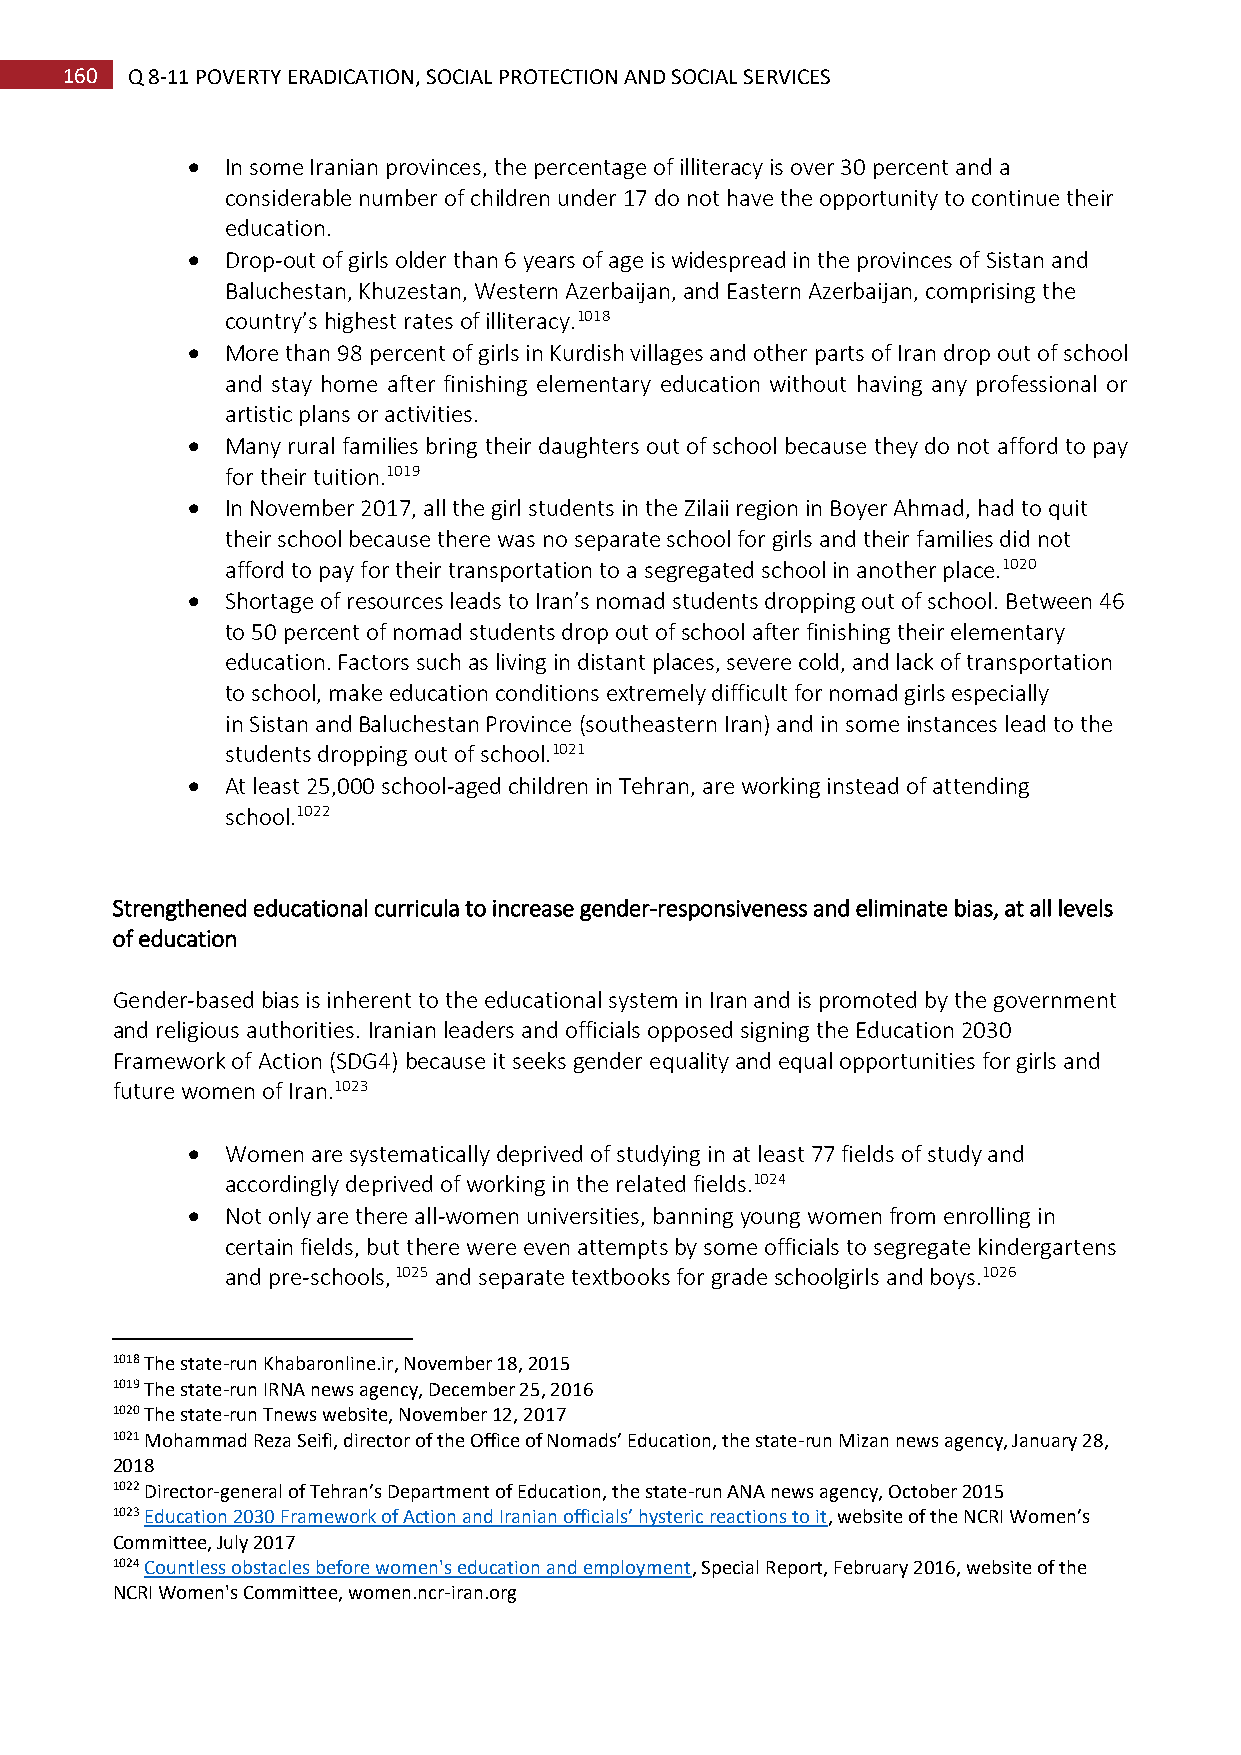
160 Q 8-11 POVERTY ERADICATION, SOCIAL PROTECTION AND SOCIAL SERVICES
   In some Iranian provinces, the percentage of illiteracy is over 30 percent and a
 considerable number of children under 17 do not have the opportunity to continue their
 education.
   Drop-out of girls older than 6 years of age is widespread in the provinces of Sistan and
 Baluchestan, Khuzestan, Western Azerbaijan, and Eastern Azerbaijan, comprising the
 country’s highest rates of illiteracy.1018
   More than 98 percent of girls in Kurdish villages and other parts of Iran drop out of school
 and stay home after finishing elementary education without having any professional or
 artistic plans or activities.
   Many rural families bring their daughters out of school because they do not afford to pay
 for their tuition.1019
   In November 2017, all the girl students in the Zilaii region in Boyer Ahmad, had to quit
 their school because there was no separate school for girls and their families did not
 afford to pay for their transportation to a segregated school in another place.1020
   Shortage of resources leads to Iran’s nomad students dropping out of school. Between 46
 to 50 percent of nomad students drop out of school after finishing their elementary
 education. Factors such as living in distant places, severe cold, and lack of transportation
 to school, make education conditions extremely difficult for nomad girls especially
 in Sistan and Baluchestan Province (southeastern Iran) and in some instances lead to the
 students dropping out of school.1021
   At least 25,000 school-aged children in Tehran, are working instead of attending
 school.1022
 Strengthened educational curricula to increase gender-responsiveness and eliminate bias, at all levels
 of education
 Gender-based bias is inherent to the educational system in Iran and is promoted by the government
 and religious authorities. Iranian leaders and officials opposed signing the Education 2030
 Framework of Action (SDG4) because it seeks gender equality and equal opportunities for girls and
 future women of Iran.1023
   Women are systematically deprived of studying in at least 77 fields of study and
 accordingly deprived of working in the related fields.1024
   Not only are there all-women universities, banning young women from enrolling in
 certain fields, but there were even attempts by some officials to segregate kindergartens
 and pre-schools, 1025 and separate textbooks for grade schoolgirls and boys.1026
 1018 The state-run Khabaronline.ir, November 18, 2015
 1019 The state-run IRNA news agency, December 25, 2016
 1020 The state-run Tnews website, November 12, 2017
 1021 Mohammad Reza Seifi, director of the Office of Nomads’ Education, the state-run Mizan news agency, January 28,
 2018
 1022 Director-general of Tehran’s Department of Education, the state-run ANA news agency, October 2015
 1023 Education 2030 Framework of Action and Iranian officials’ hysteric reactions to it, website of the NCRI Women’s
 Committee, July 2017
 1024 Countless obstacles before women's education and employment, Special Report, February 2016, website of the
 NCRI Women's Committee, women.ncr-iran.org